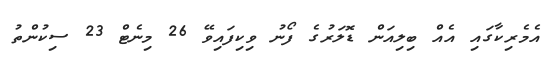
އެމެރިކާގައި އެއް ބިލިއަން ޑޮލަރުގެ ފޯނު ވިކިފައިވޭ 26 މިނެޓް 23 ސިކުންތު